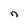
Character: n